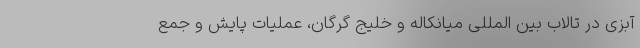
آبزی در تالاب بین المللی میانکاله و خلیج گرگان، عملیات پایش و جمع